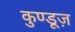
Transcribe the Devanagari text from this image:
कुण्डूज़